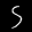
Label: 5